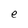
Character: e